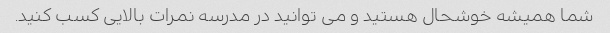
شما همیشه خوشحال هستید و می توانید در مدرسه نمرات بالایی کسب کنید.